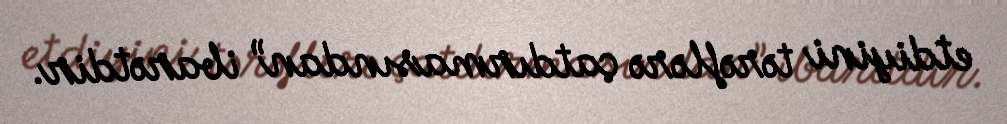
etdiyini tərəflərə çatdırmasından” ibarətdir.